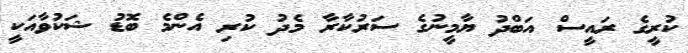
ކުރީގެ ރައީސް އަބްދު ޔާމީނުގެ ސަރުކާރާ މެދު ކުރި އެންމެ ބޮޑު ޝަކުވާއަކީ